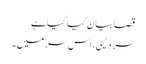
قصا بیان کیا گیا ہے
سر دیسی، اس سر میں ۔